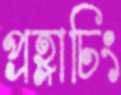
প্রহ্লাচিং